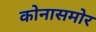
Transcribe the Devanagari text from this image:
कोनासमोर